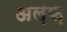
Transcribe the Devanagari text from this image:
अल़फ़